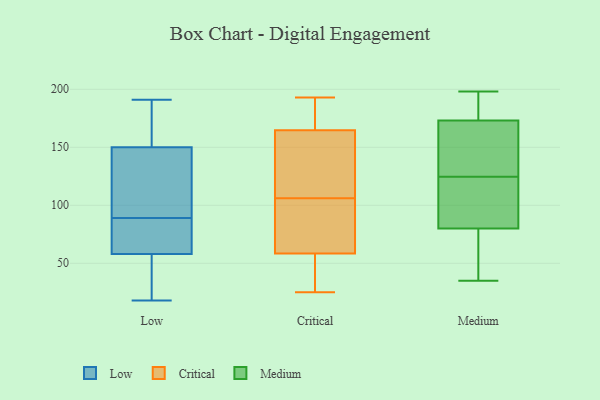
{"axis": {"x": "Operating Costs (USD K)", "y": "Value"}, "legend": ["Critical", "Low", "Medium"], "data": [{"x": "", "y": 64, "type": "Low"}, {"x": "", "y": 78, "type": "Low"}, {"x": "", "y": 18, "type": "Low"}, {"x": "", "y": 191, "type": "Low"}, {"x": "", "y": 135, "type": "Low"}, {"x": "", "y": 150, "type": "Low"}, {"x": "", "y": 23, "type": "Low"}, {"x": "", "y": 58, "type": "Low"}, {"x": "", "y": 76, "type": "Low"}, {"x": "", "y": 153, "type": "Low"}, {"x": "", "y": 122, "type": "Low"}, {"x": "", "y": 189, "type": "Low"}, {"x": "", "y": 100, "type": "Low"}, {"x": "", "y": 29, "type": "Low"}, {"x": "", "y": 193, "type": "Critical"}, {"x": "", "y": 59, "type": "Critical"}, {"x": "", "y": 167, "type": "Critical"}, {"x": "", "y": 25, "type": "Critical"}, {"x": "", "y": 173, "type": "Critical"}, {"x": "", "y": 57, "type": "Critical"}, {"x": "", "y": 106, "type": "Critical"}, {"x": "", "y": 153, "type": "Critical"}, {"x": "", "y": 111, "type": "Critical"}, {"x": "", "y": 39, "type": "Critical"}, {"x": "", "y": 49, "type": "Critical"}, {"x": "", "y": 109, "type": "Critical"}, {"x": "", "y": 105, "type": "Critical"}, {"x": "", "y": 85, "type": "Critical"}, {"x": "", "y": 164, "type": "Critical"}, {"x": "", "y": 96, "type": "Critical"}, {"x": "", "y": 180, "type": "Critical"}, {"x": "", "y": 81, "type": "Medium"}, {"x": "", "y": 197, "type": "Medium"}, {"x": "", "y": 136, "type": "Medium"}, {"x": "", "y": 122, "type": "Medium"}, {"x": "", "y": 173, "type": "Medium"}, {"x": "", "y": 175, "type": "Medium"}, {"x": "", "y": 80, "type": "Medium"}, {"x": "", "y": 165, "type": "Medium"}, {"x": "", "y": 127, "type": "Medium"}, {"x": "", "y": 75, "type": "Medium"}, {"x": "", "y": 70, "type": "Medium"}, {"x": "", "y": 58, "type": "Medium"}, {"x": "", "y": 198, "type": "Medium"}, {"x": "", "y": 93, "type": "Medium"}, {"x": "", "y": 137, "type": "Medium"}, {"x": "", "y": 173, "type": "Medium"}, {"x": "", "y": 35, "type": "Medium"}, {"x": "", "y": 97, "type": "Medium"}]}